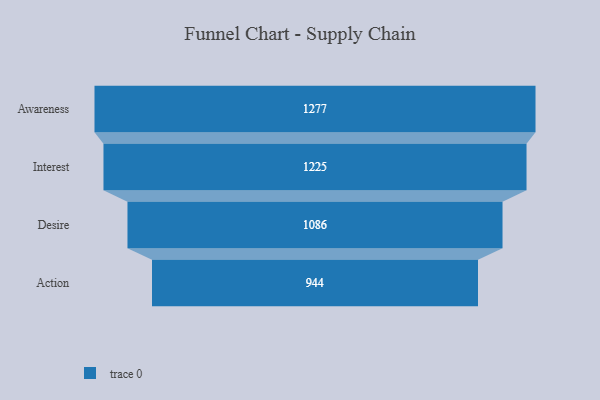
{"axis": {"x": "Stage", "y": "Value"}, "legend": [""], "data": [{"x": "Awareness", "y": 1277.0, "type": ""}, {"x": "Interest", "y": 1225.0, "type": ""}, {"x": "Desire", "y": 1086.0, "type": ""}, {"x": "Action", "y": 944.0, "type": ""}]}